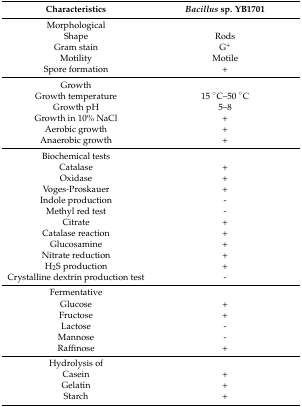
| Characteristics | Bacillus sp. YB1701 |
 | --- | --- |
 | Morphological |  |
 | Shape | Rods |
 | Gram stain | G+ |
 | Motility | Motile |
 | Spore formation | + |
 | Growth |  |
 | Growth temperature | 15 °C–50 °C |
 | Growth pH | 5–8 |
 | Growth in 10% NaCl | + |
 | Aerobic growth | + |
 | Anaerobic growth | + |
 | Biochemical tests |  |
 | Catalase | + |
 | Oxidase | + |
 | Voges-Proskauer | + |
 | Indole production | - |
 | Methyl red test | - |
 | Citrate | + |
 | Catalase reaction | + |
 | Glucosamine | + |
 | Nitrate reduction | + |
 | H2S production | + |
 | Crystalline dextrin production test | - |
 | Fermentative |  |
 | Glucose | + |
 | Fructose | + |
 | Lactose | - |
 | Mannose | - |
 | Raffinose | + |
 | Hydrolysis of |  |
 | Casein | + |
 | Gelatin | + |
 | Starch | + |